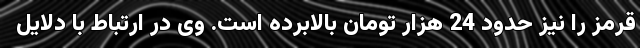
قرمز را نیز حدود 24 هزار تومان بالابرده است. وی در ارتباط با دلایل